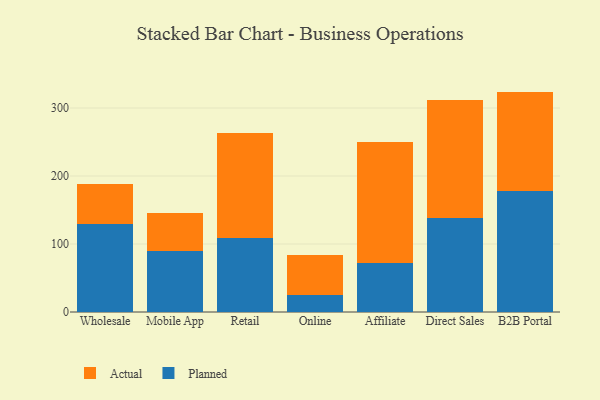
{"axis": {"x": "Channel", "y": "Market Share (%)"}, "legend": ["Actual", "Planned"], "data": [{"x": "Wholesale", "y": 128.9, "type": "Planned"}, {"x": "Wholesale", "y": 59.5, "type": "Actual"}, {"x": "Mobile App", "y": 90.0, "type": "Planned"}, {"x": "Mobile App", "y": 55.6, "type": "Actual"}, {"x": "Retail", "y": 108.6, "type": "Planned"}, {"x": "Retail", "y": 155.1, "type": "Actual"}, {"x": "Online", "y": 25.2, "type": "Planned"}, {"x": "Online", "y": 58.4, "type": "Actual"}, {"x": "Affiliate", "y": 71.9, "type": "Planned"}, {"x": "Affiliate", "y": 177.6, "type": "Actual"}, {"x": "Direct Sales", "y": 138.2, "type": "Planned"}, {"x": "Direct Sales", "y": 173.5, "type": "Actual"}, {"x": "B2B Portal", "y": 178.4, "type": "Planned"}, {"x": "B2B Portal", "y": 145.7, "type": "Actual"}]}